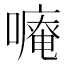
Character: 𠿾